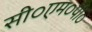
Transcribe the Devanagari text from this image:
सी०एम०पी०